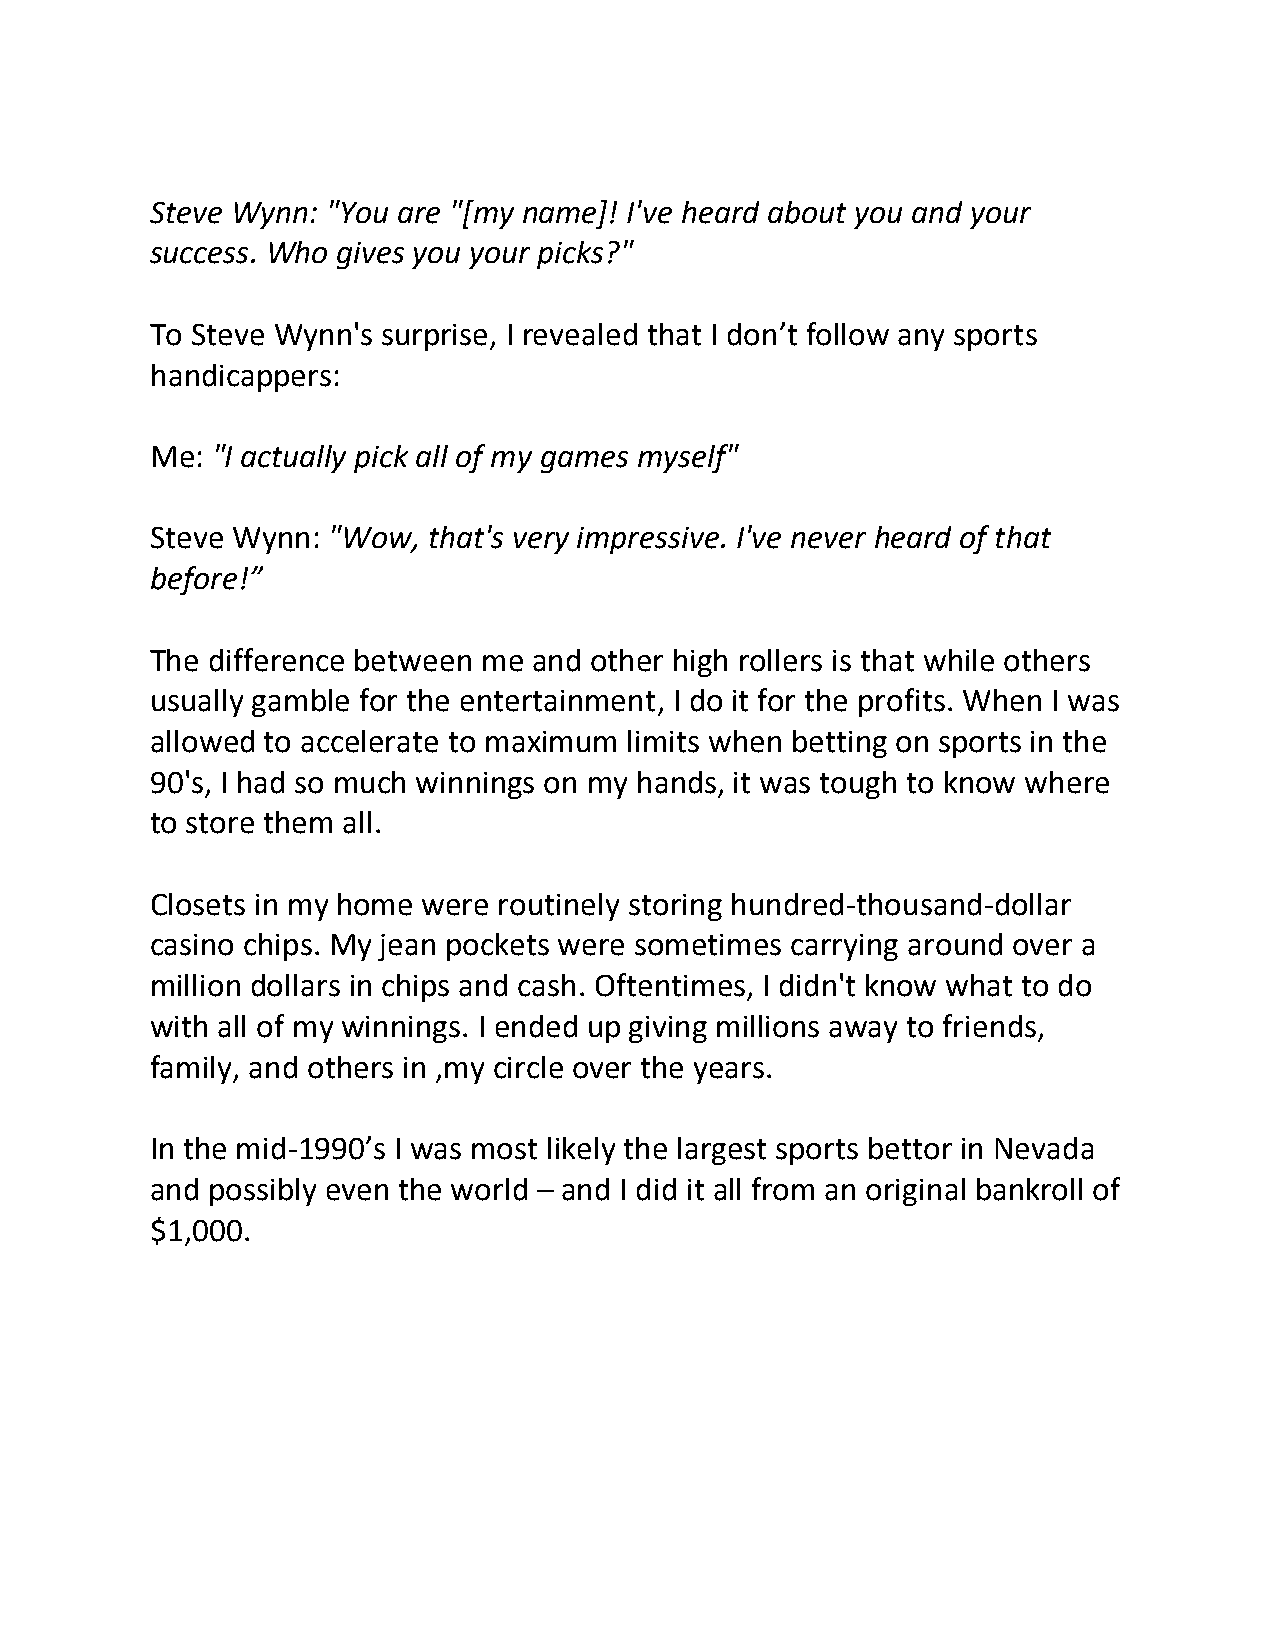
Steve Wynn: "You are "[my name]! I've heard about you and your
 success. Who gives you your picks?"
 To Steve Wynn's surprise, I revealed that I don’t follow any sports
 handicappers:
 Me: "I actually pick all of my games myself"
 Steve Wynn: "Wow, that's very impressive. I've never heard of that
 before!”
 The difference between me and other high rollers is that while others
 usually gamble for the entertainment, I do it for the profits. When I was
 allowed to accelerate to maximum limits when betting on sports in the
 90's, I had so much winnings on my hands, it was tough to know where
 to store them all.
 Closets in my home were routinely storing hundred-thousand-dollar
 casino chips. My jean pockets were sometimes carrying around over a
 million dollars in chips and cash. Oftentimes, I didn't know what to do
 with all of my winnings. I ended up giving millions away to friends,
 family, and others in ,my circle over the years.
 In the mid-1990’s I was most likely the largest sports bettor in Nevada
 and possibly even the world – and I did it all from an original bankroll of
 $1,000.